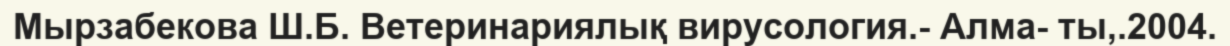
Мырзабекова Ш.Б. Ветеринариялық вирусология.- Алма- ты,.2004.